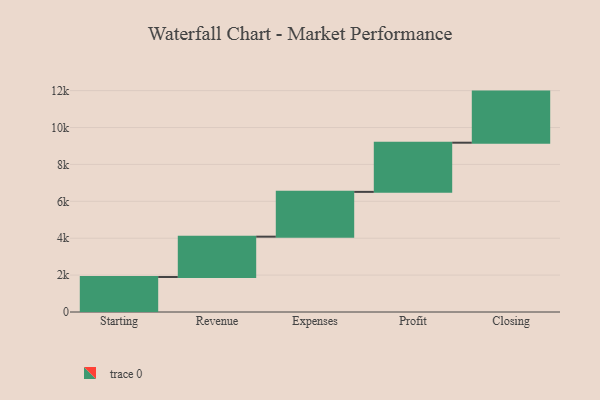
{"axis": {"x": "Step", "y": "Value"}, "legend": [""], "data": [{"x": "Starting", "y": 1896.0, "type": ""}, {"x": "Revenue", "y": 2188.0, "type": ""}, {"x": "Expenses", "y": 2428.0, "type": ""}, {"x": "Profit", "y": 2665.0, "type": ""}, {"x": "Closing", "y": 2770.0, "type": ""}]}